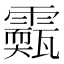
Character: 𩆣